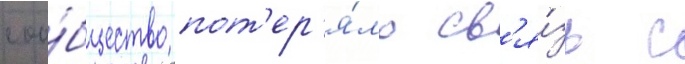
соо́бщество пот'ер'я́ло св'я́зь с